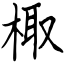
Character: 棷